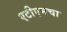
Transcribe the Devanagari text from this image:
एटीएमचा